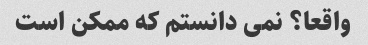
واقعا؟ نمی دانستم که ممکن است